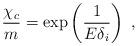
LaTeX: \begin{align*}\frac{\chi_c}{m}=\exp\left(\frac{1}{E\delta_i}\right)~,\end{align*}